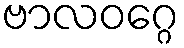
ဗာလဝဂ္ဂေ